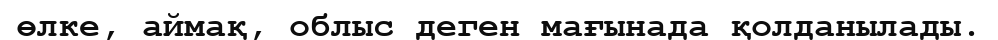
өлке, аймақ, облыс деген мағынада қолданылады.